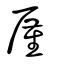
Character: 厪